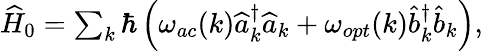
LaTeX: \begin{array}{r}{\widehat{H}_{0}=\sum_{k}\hbar\left(\omega_{ac}(k)\widehat{a}_{k}^{\dagger}\widehat{a}_{k}+\omega_{opt}(k)\widehat{b}_{k}^{\dagger}\widehat{b}_{k}\right),}\end{array}